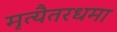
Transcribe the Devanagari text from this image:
मृत्यैतरधमा